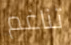
تناغم